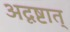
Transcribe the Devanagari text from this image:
अदृष्टात्